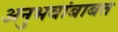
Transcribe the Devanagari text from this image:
अनुभवांबाबत